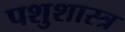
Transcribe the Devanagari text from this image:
पशुशास्त्र